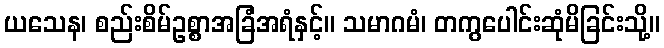
ယသေန၊ စည်းစိမ်ဥစ္စာအခြံအရံနှင့်။ သမာဂမံ၊ တကွပေါင်းဆုံမိခြင်းသို့။